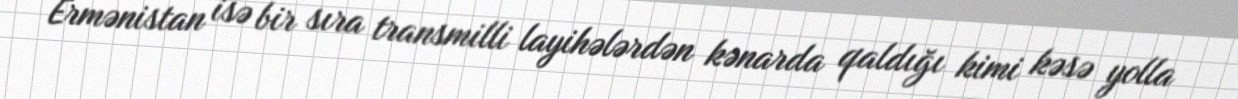
Ermənistan isə bir sıra transmilli layihələrdən kənarda qaldığı kimi kəsə yolla